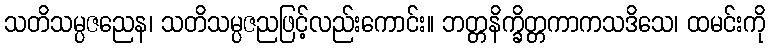
သတိသမ္ပဇညေန၊ သတိသမ္ပဇညဖြင့်လည်းကောင်း။ ဘတ္တနိက္ခိတ္တကာကသဒိသေ၊ ထမင်းကို